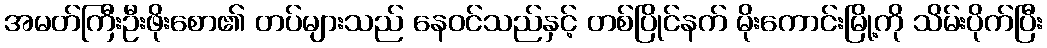
အမတ်ကြီးဦးဖိုးစော၏ တပ်များသည် နေဝင်သည်နှင့် တစ်ပြိုင်နက် မိုးကောင်းမြို့ကို သိမ်းပိုက်ပြီး